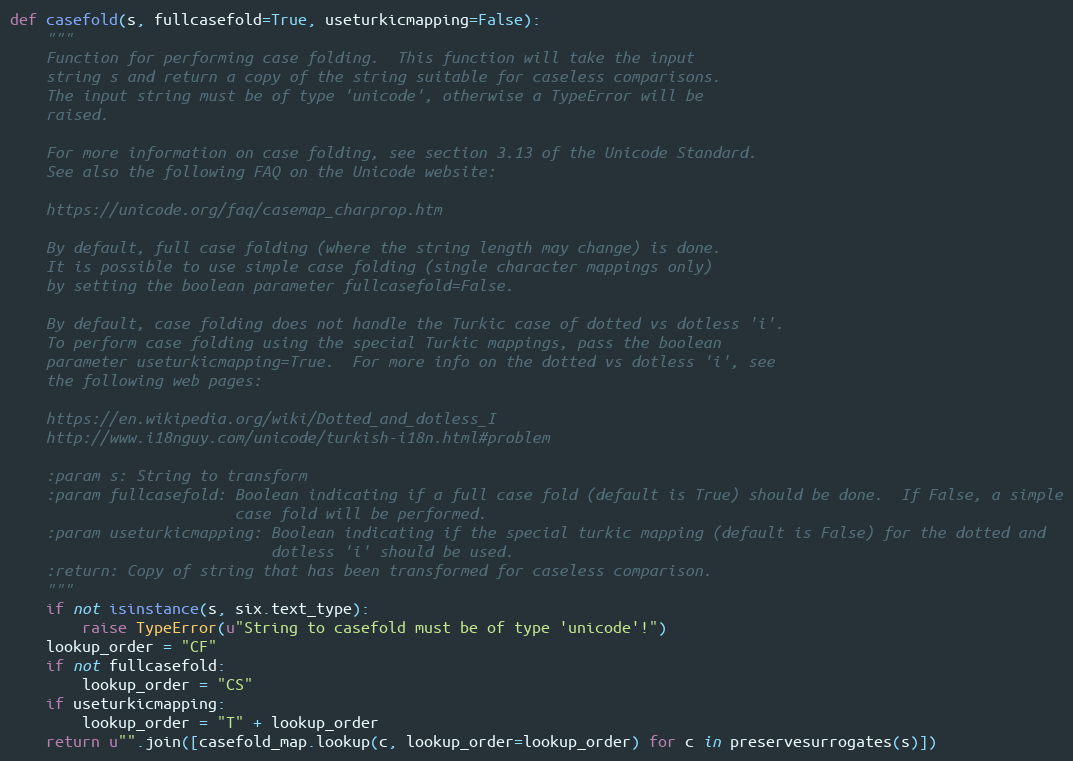
Language: Python
def casefold(s, fullcasefold=True, useturkicmapping=False):
    """
    Function for performing case folding.  This function will take the input
    string s and return a copy of the string suitable for caseless comparisons.
    The input string must be of type 'unicode', otherwise a TypeError will be
    raised.

    For more information on case folding, see section 3.13 of the Unicode Standard.
    See also the following FAQ on the Unicode website:

    https://unicode.org/faq/casemap_charprop.htm

    By default, full case folding (where the string length may change) is done.
    It is possible to use simple case folding (single character mappings only)
    by setting the boolean parameter fullcasefold=False.

    By default, case folding does not handle the Turkic case of dotted vs dotless 'i'.
    To perform case folding using the special Turkic mappings, pass the boolean
    parameter useturkicmapping=True.  For more info on the dotted vs dotless 'i', see
    the following web pages:

    https://en.wikipedia.org/wiki/Dotted_and_dotless_I
    http://www.i18nguy.com/unicode/turkish-i18n.html#problem

    :param s: String to transform
    :param fullcasefold: Boolean indicating if a full case fold (default is True) should be done.  If False, a simple
                         case fold will be performed.
    :param useturkicmapping: Boolean indicating if the special turkic mapping (default is False) for the dotted and
                             dotless 'i' should be used.
    :return: Copy of string that has been transformed for caseless comparison.
    """
    if not isinstance(s, six.text_type):
        raise TypeError(u"String to casefold must be of type 'unicode'!")
    lookup_order = "CF"
    if not fullcasefold:
        lookup_order = "CS"
    if useturkicmapping:
        lookup_order = "T" + lookup_order
    return u"".join([casefold_map.lookup(c, lookup_order=lookup_order) for c in preservesurrogates(s)])